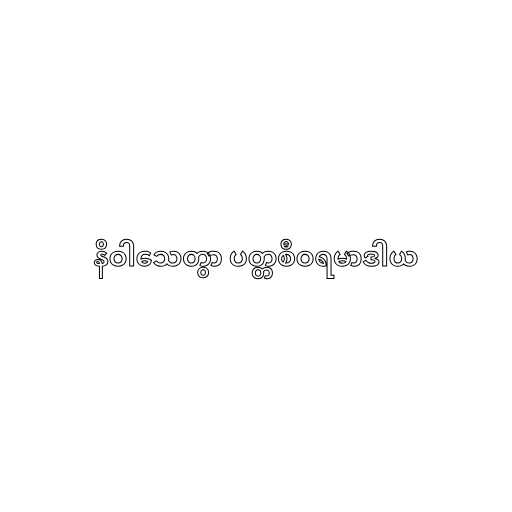
နိဝါသေတွာ ပတ္တစီဝရမာဒါယ